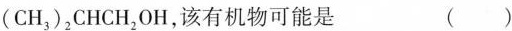
( C H _{ 3 }) _{ 2 }C H C H _{ 2 } O H,该有机物可能是 ( )